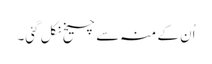
اُن کے منہ سے چیخ نکل گئی۔